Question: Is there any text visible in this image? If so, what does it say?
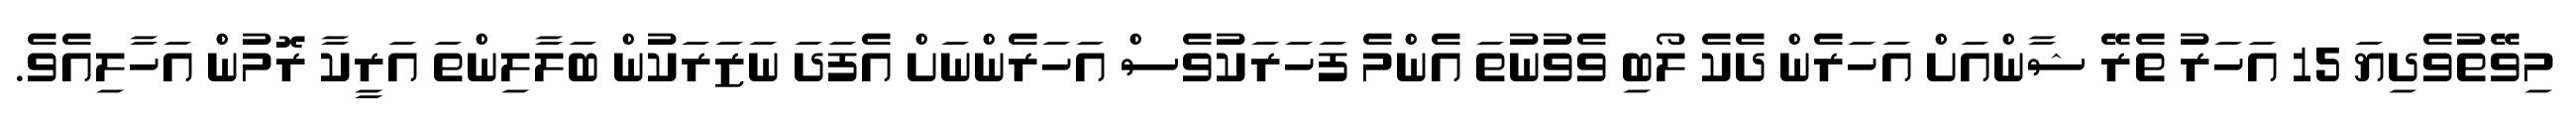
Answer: މިވޭތުވެދިޔަ 15 އަހަރު ތެރޭ ޝާންއަށް އަހަރެން ދެކެ ލޯބި ވެވުނުތަ އެންމެ ފަހަރަކުވެސް އަހަރެންނަށް އެފަދަ ނަޒަރަކުން ބަލާލިންތަ އަރީކާ ރޮމުން އަހާލިއެވެ.